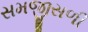
સમજીસળી